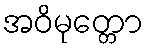
အဝိမုတ္တော